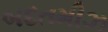
બદતમીઝ